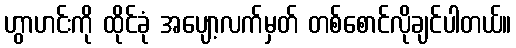
ဟွာဟင်းကို ထိုင်ခုံ အပျော့လက်မှတ် တစ်စောင်လိုချင်ပါတယ်။